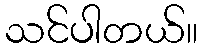
သင်ပါတယ်။